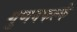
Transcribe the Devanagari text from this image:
गुणनफल्के